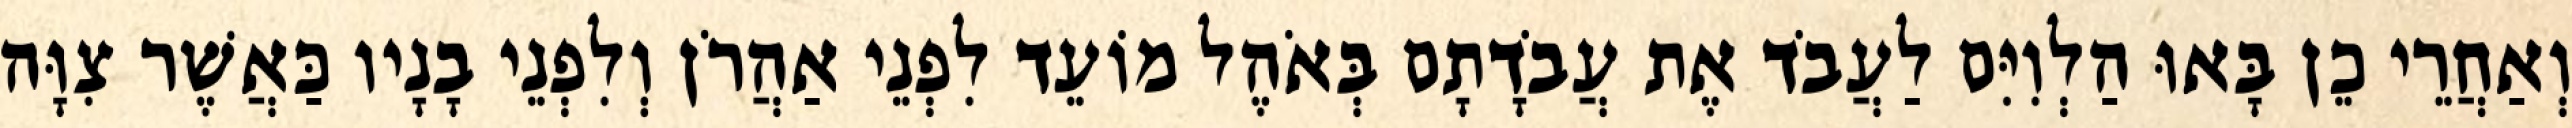
וְאַחֲרֵי כֵן בָּאוּ הַלְוִיִּם לַעֲבֹד אֶת עֲבֹדָתָם בְּאֹהֶל מוֹעֵד לִפְנֵי אַהֲרֹן וְלִפְנֵי בָנָיו כַּאֲשֶׁר צִוָּה